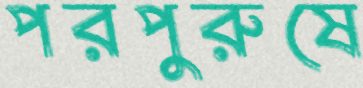
পরপুরুষে